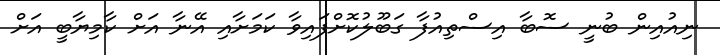
ނިއުއިން ބުނީ ސޮބާ އިސްތިއުފާ ގަބޫލުކޮށްފައިވާ ކަމަށާއި އޭނާ އަށް ކާމިޔާބީ އަށް